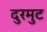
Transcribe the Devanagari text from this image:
दुरमुट